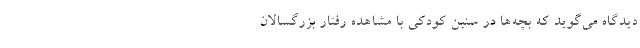
دیدگاه می‌گوید که بچه‌ها در سنین کودکی با مشاهده رفتار بزرگسالان